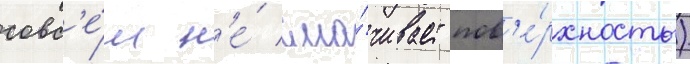
совс'е́м н'е́ сма́чивает пов'е́рхность)